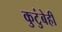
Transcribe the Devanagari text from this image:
कुटुंबेही